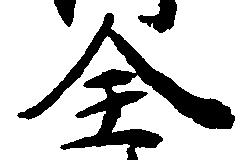
全